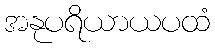
အနုပရိယာယပထံ